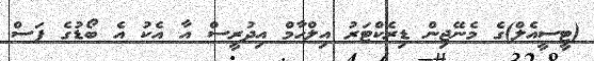
(ޓީސީއެލް)ގެ މެނޭޖިން ޑިރެކްޓަރު އިލްހާމް އިދުރީސް އާ އެކު އެ ބޯޑުގެ ފަސް